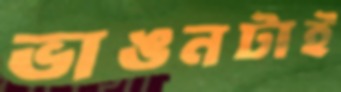
ভাঙনটাই